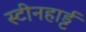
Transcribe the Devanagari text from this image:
स्टीनहार्ड्ट